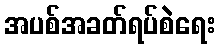
အပစ်အခတ်ရပ်စဲရေး